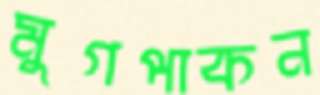
মুগপাকন